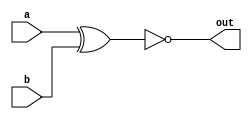
`timescale 1ns / 1ps
//////////////////////////////////////////////////////////////////////////////////
// Company: 
// Engineer: 
// 
// Design Name: 
// Module Name:    XNOR_2x1 
// Project Name: 
// Target Devices: 
// Tool versions: 
// Description: 
//
// Dependencies: 
//
// Revision: 
// Revision 0.01 - File Created
// Additional Comments: 
//
//////////////////////////////////////////////////////////////////////////////////
module XNOR_2x1(a,b,out);
	 
input a,b;
output out;

assign out = ~(a^b);

endmodule